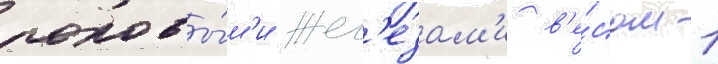
половы́м'и жел'езам'и в'е́сом 1